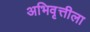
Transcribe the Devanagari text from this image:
अभिवृत्तीला